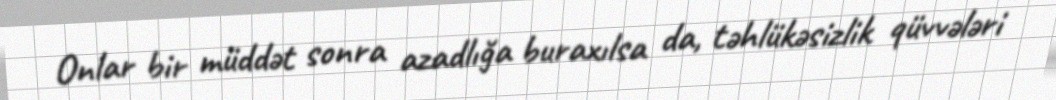
Onlar bir müddət sonra azadlığa buraxılsa da, təhlükəsizlik qüvvələri